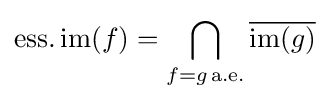
\operatorname {ess.im} (f)=\bigcap _{f=g\,{\text{a.e.}}}{\overline {\operatorname {im} (g)}}